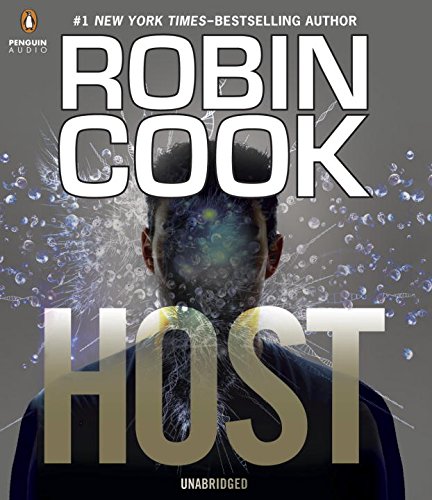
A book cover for Host; Robin Cook; Literature & Fiction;